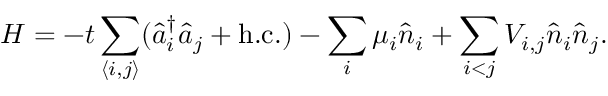
H = - t \sum _ { \langle i , j \rangle } ( \hat { a } _ { i } ^ { \dag } \hat { a } _ { j } + \mathrm { h . c . } ) - \sum _ { i } \mu _ { i } \hat { n } _ { i } + \sum _ { i < j } V _ { i , j } \hat { n } _ { i } \hat { n } _ { j } .